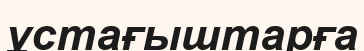
ұстағыштарға